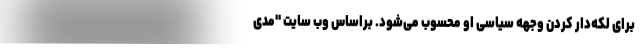
برای لکه‌دار کردن وجهه سیاسی او محسوب می‌شود. براساس وب سایت "مدی